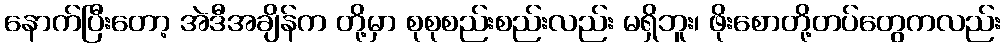
နောက်ပြီးတော့ အဲဒီအချိန်က တို့မှာ စုစုစည်းစည်းလည်း မရှိဘူး၊ ဖိုးစောတို့တပ်တွေကလည်း